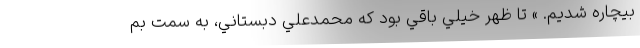
بيچاره شديم. » تا ظهر خيلي باقي بود كه محمدعلي دبستاني، به سمت بم